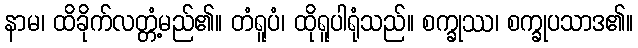
နာမ၊ ထိခိုက်လတ္တံ့မည်၏။ တံရူပံ၊ ထိုရူပါရုံသည်။ စက္ခုဿ၊ စက္ခုပသာဒ၏။